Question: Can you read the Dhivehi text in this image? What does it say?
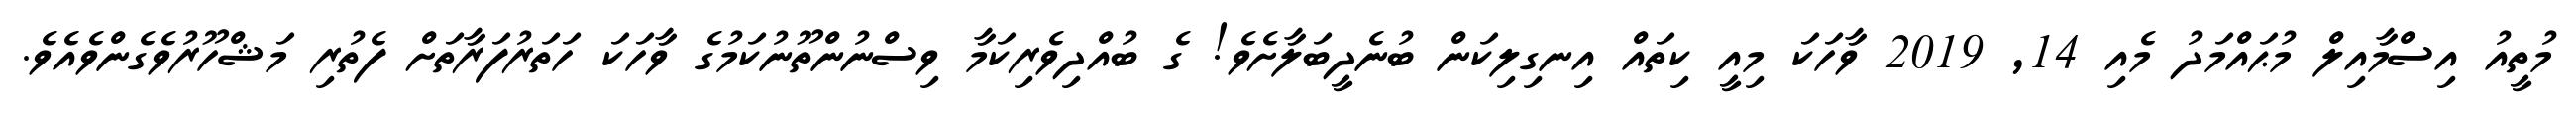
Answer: މުތީއު އިސްމާއިލް މުޙައްމަދު މެއި 14, 2019 ވާހަކަ މިއީ ކިތައް އިނގިލިކަން ބުނެދީބަލާށެވެ! ގެ ބުއްދިވެރިކަމާ ވިސްނުންތޫނުކަމުގެ ވާހަކަ ހަތަރުފަރާތަށް ފެތުރި މަޝްހޫރުވެގެންވެއެވެ.